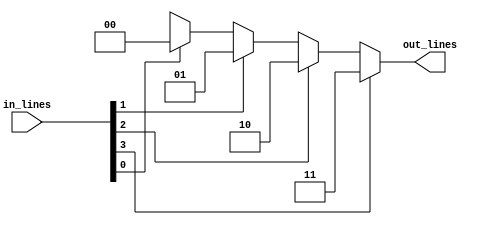
module priority_encoder_4_to_2_behavioral(in_lines, out_lines);
    input[3:0] in_lines; // 4-bit vector for input lines
    output[1:0] out_lines; // 2-bit vector for output lines
    
    // It is important to declare reg of the same size as the output vector.
    reg[1:0] out_lines;

    //* Behavioral Modelling
    always @(in_lines) begin

      //? Using if-else, from MSB to LSB
      if(in_lines[3] == 1'b1)
        out_lines = 2'b11;
      else if(in_lines[2] == 1'b1)
        out_lines = 2'b10;
      else if(in_lines[1] == 1'b1)
        out_lines = 2'b01;
      else if(in_lines[0] == 1'b1)
        out_lines = 2'b00;
      else 
        out_lines = 2'bxx; // Undefined behavior case

      //! Case-statement like this doesn't work
      // case (in_lines)
      //   4'b1xxx : out_lines = 2'b11;
      //   4'b01xx : out_lines = 2'b10;
      //   4'b0010 : out_lines = 2'b01;
      //   4'b0001 : out_lines = 2'b00;
      //   default : out_lines = 2'bxx; // Undefined behavior case
      // endcase

      $display("%b: %b", in_lines, out_lines);
    end



endmodule


module priority_encoder_4_to_2_behavioral_test;
    reg[3:0] in_lines;
    
    wire[1:0] out_lines;
    
    priority_encoder_4_to_2_behavioral wire_driver(in_lines, out_lines);
    
    initial begin
     
      in_lines = 4'b0000;
      #20   in_lines = 4'b0001;
      #20   in_lines = 4'b0011;
      #20   in_lines = 4'b0101;
      #20   in_lines = 4'b1011;
      #20 $finish;
    end
      
endmodule